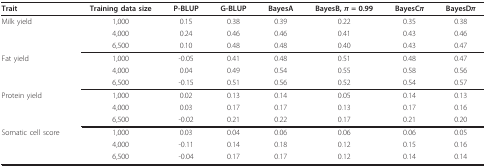
| Trait | Training data size | P-BLUP | G-BLUP | BayesA | BayesB, π = 0.99 | BayesCπ | BayesDπ |
 | --- | --- | --- | --- | --- | --- | --- | --- |
 | Milk yield | 1,000 | 0.15 | 0.38 | 0.39 | 0.22 | 0.35 | 0.38 |
 |  | 4,000 | 0.24 | 0.46 | 0.46 | 0.41 | 0.43 | 0.46 |
 |  | 6,500 | 0.10 | 0.48 | 0.48 | 0.40 | 0.43 | 0.47 |
 | Fat yield | 1,000 | -0.05 | 0.41 | 0.48 | 0.51 | 0.48 | 0.47 |
 |  | 4,000 | 0.04 | 0.49 | 0.54 | 0.55 | 0.58 | 0.56 |
 |  | 6,500 | -0.15 | 0.51 | 0.56 | 0.52 | 0.54 | 0.57 |
 | Protein yield | 1,000 | 0.02 | 0.13 | 0.14 | 0.05 | 0.14 | 0.13 |
 |  | 4,000 | 0.03 | 0.17 | 0.17 | 0.13 | 0.17 | 0.16 |
 |  | 6,500 | -0.02 | 0.21 | 0.22 | 0.17 | 0.21 | 0.20 |
 | Somatic cell score | 1,000 | 0.03 | 0.04 | 0.06 | 0.06 | 0.06 | 0.05 |
 |  | 4,000 | -0.11 | 0.14 | 0.18 | 0.12 | 0.15 | 0.16 |
 |  | 6,500 | -0.04 | 0.17 | 0.17 | 0.12 | 0.14 | 0.14 |